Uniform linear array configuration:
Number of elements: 4
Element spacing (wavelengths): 0.75
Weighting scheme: hamming
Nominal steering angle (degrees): -30
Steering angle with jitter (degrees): -28.248
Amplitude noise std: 0.05
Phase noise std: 0.05

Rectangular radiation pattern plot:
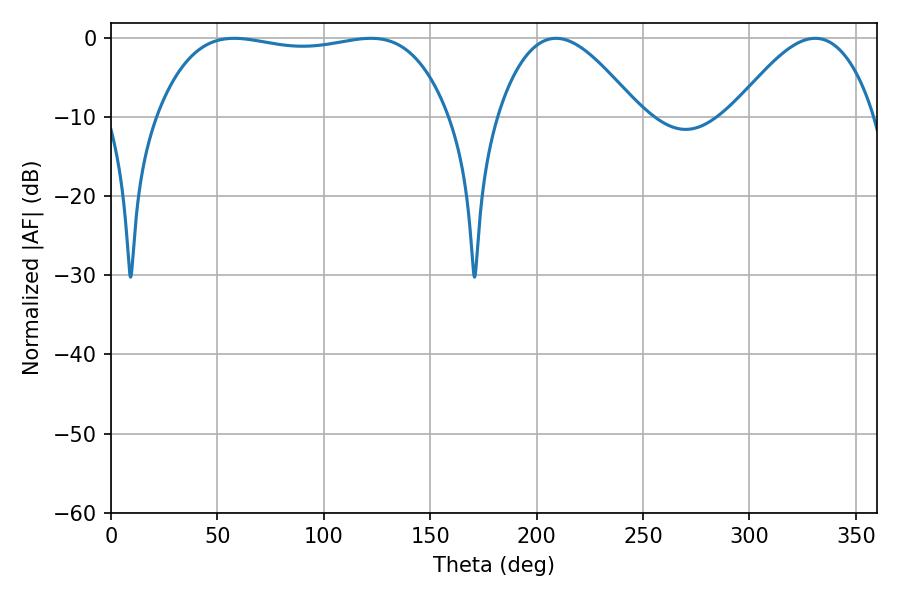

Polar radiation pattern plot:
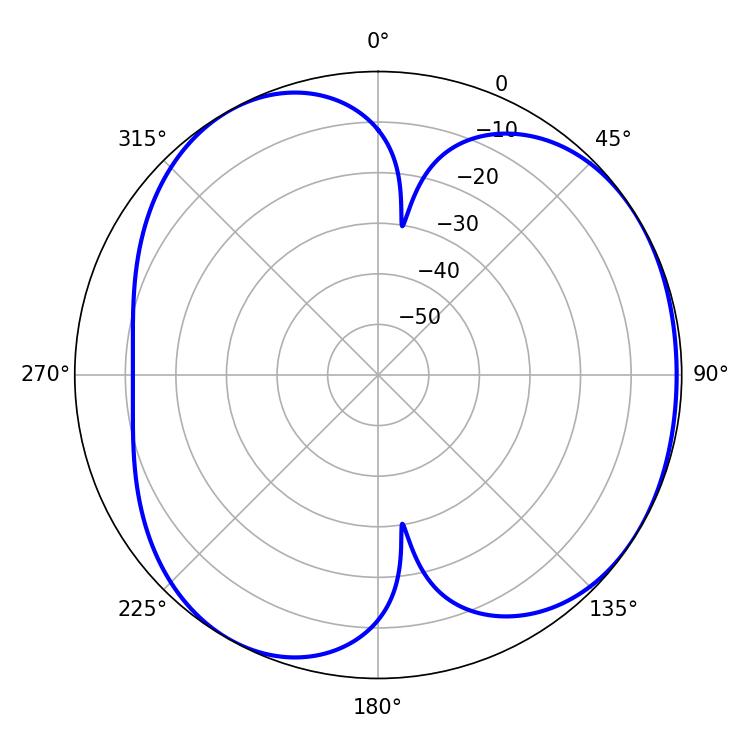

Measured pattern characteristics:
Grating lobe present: TRUE
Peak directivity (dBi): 4.355
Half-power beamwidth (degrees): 36
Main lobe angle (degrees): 209.16